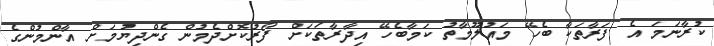
ކުރާނަމަ އެ ފަރާތަކާ ބެހޭ މައުލޫމާތު ކަމާބެހޭ އިދާރާތަކަށް ފޯރުކޮށްދެމުން ގެންދިޔުމަށް އާންމުންގެ